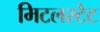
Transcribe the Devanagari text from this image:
मिटलस्टैट